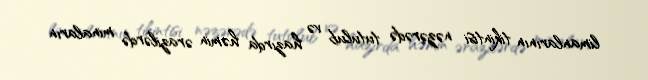
limanlarının tikintisi nəzərədə tutulub və hazırda həmin ərazilərdə minaların